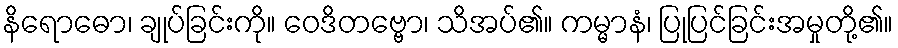
နိရောဓော၊ ချုပ်ခြင်းကို။ ဝေဒိတဗ္ဗော၊ သိအပ်၏။ ကမ္မာနံ၊ ပြုပြင်ခြင်းအမှုတို့၏။